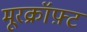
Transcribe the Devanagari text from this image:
मूरक्रॉफ़्ट